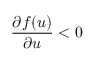
\frac { \partial f ( u ) } { \partial u } < 0